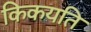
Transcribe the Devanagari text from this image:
किकयति